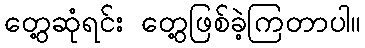
တွေ့ဆုံရင်း တွေ့ဖြစ်ခဲ့ကြတာပါ။